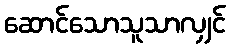
ဆောင်သောသူသာလျှင်